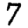
Digit: 7